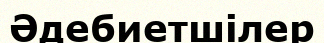
Әдебиетшілер